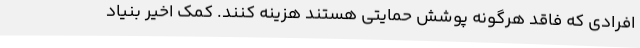
افرادی که فاقد هرگونه پوشش حمایتی هستند هزینه کنند. کمک اخیر بنیاد